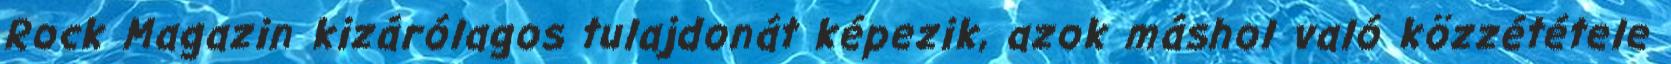
Rock Magazin kizárólagos tulajdonát képezik, azok máshol való közzététele